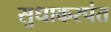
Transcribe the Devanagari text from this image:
सुधाकरपंत